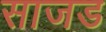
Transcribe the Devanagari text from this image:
साजड